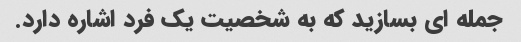
جمله ای بسازید که به شخصیت یک فرد اشاره دارد.